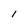
Character: I